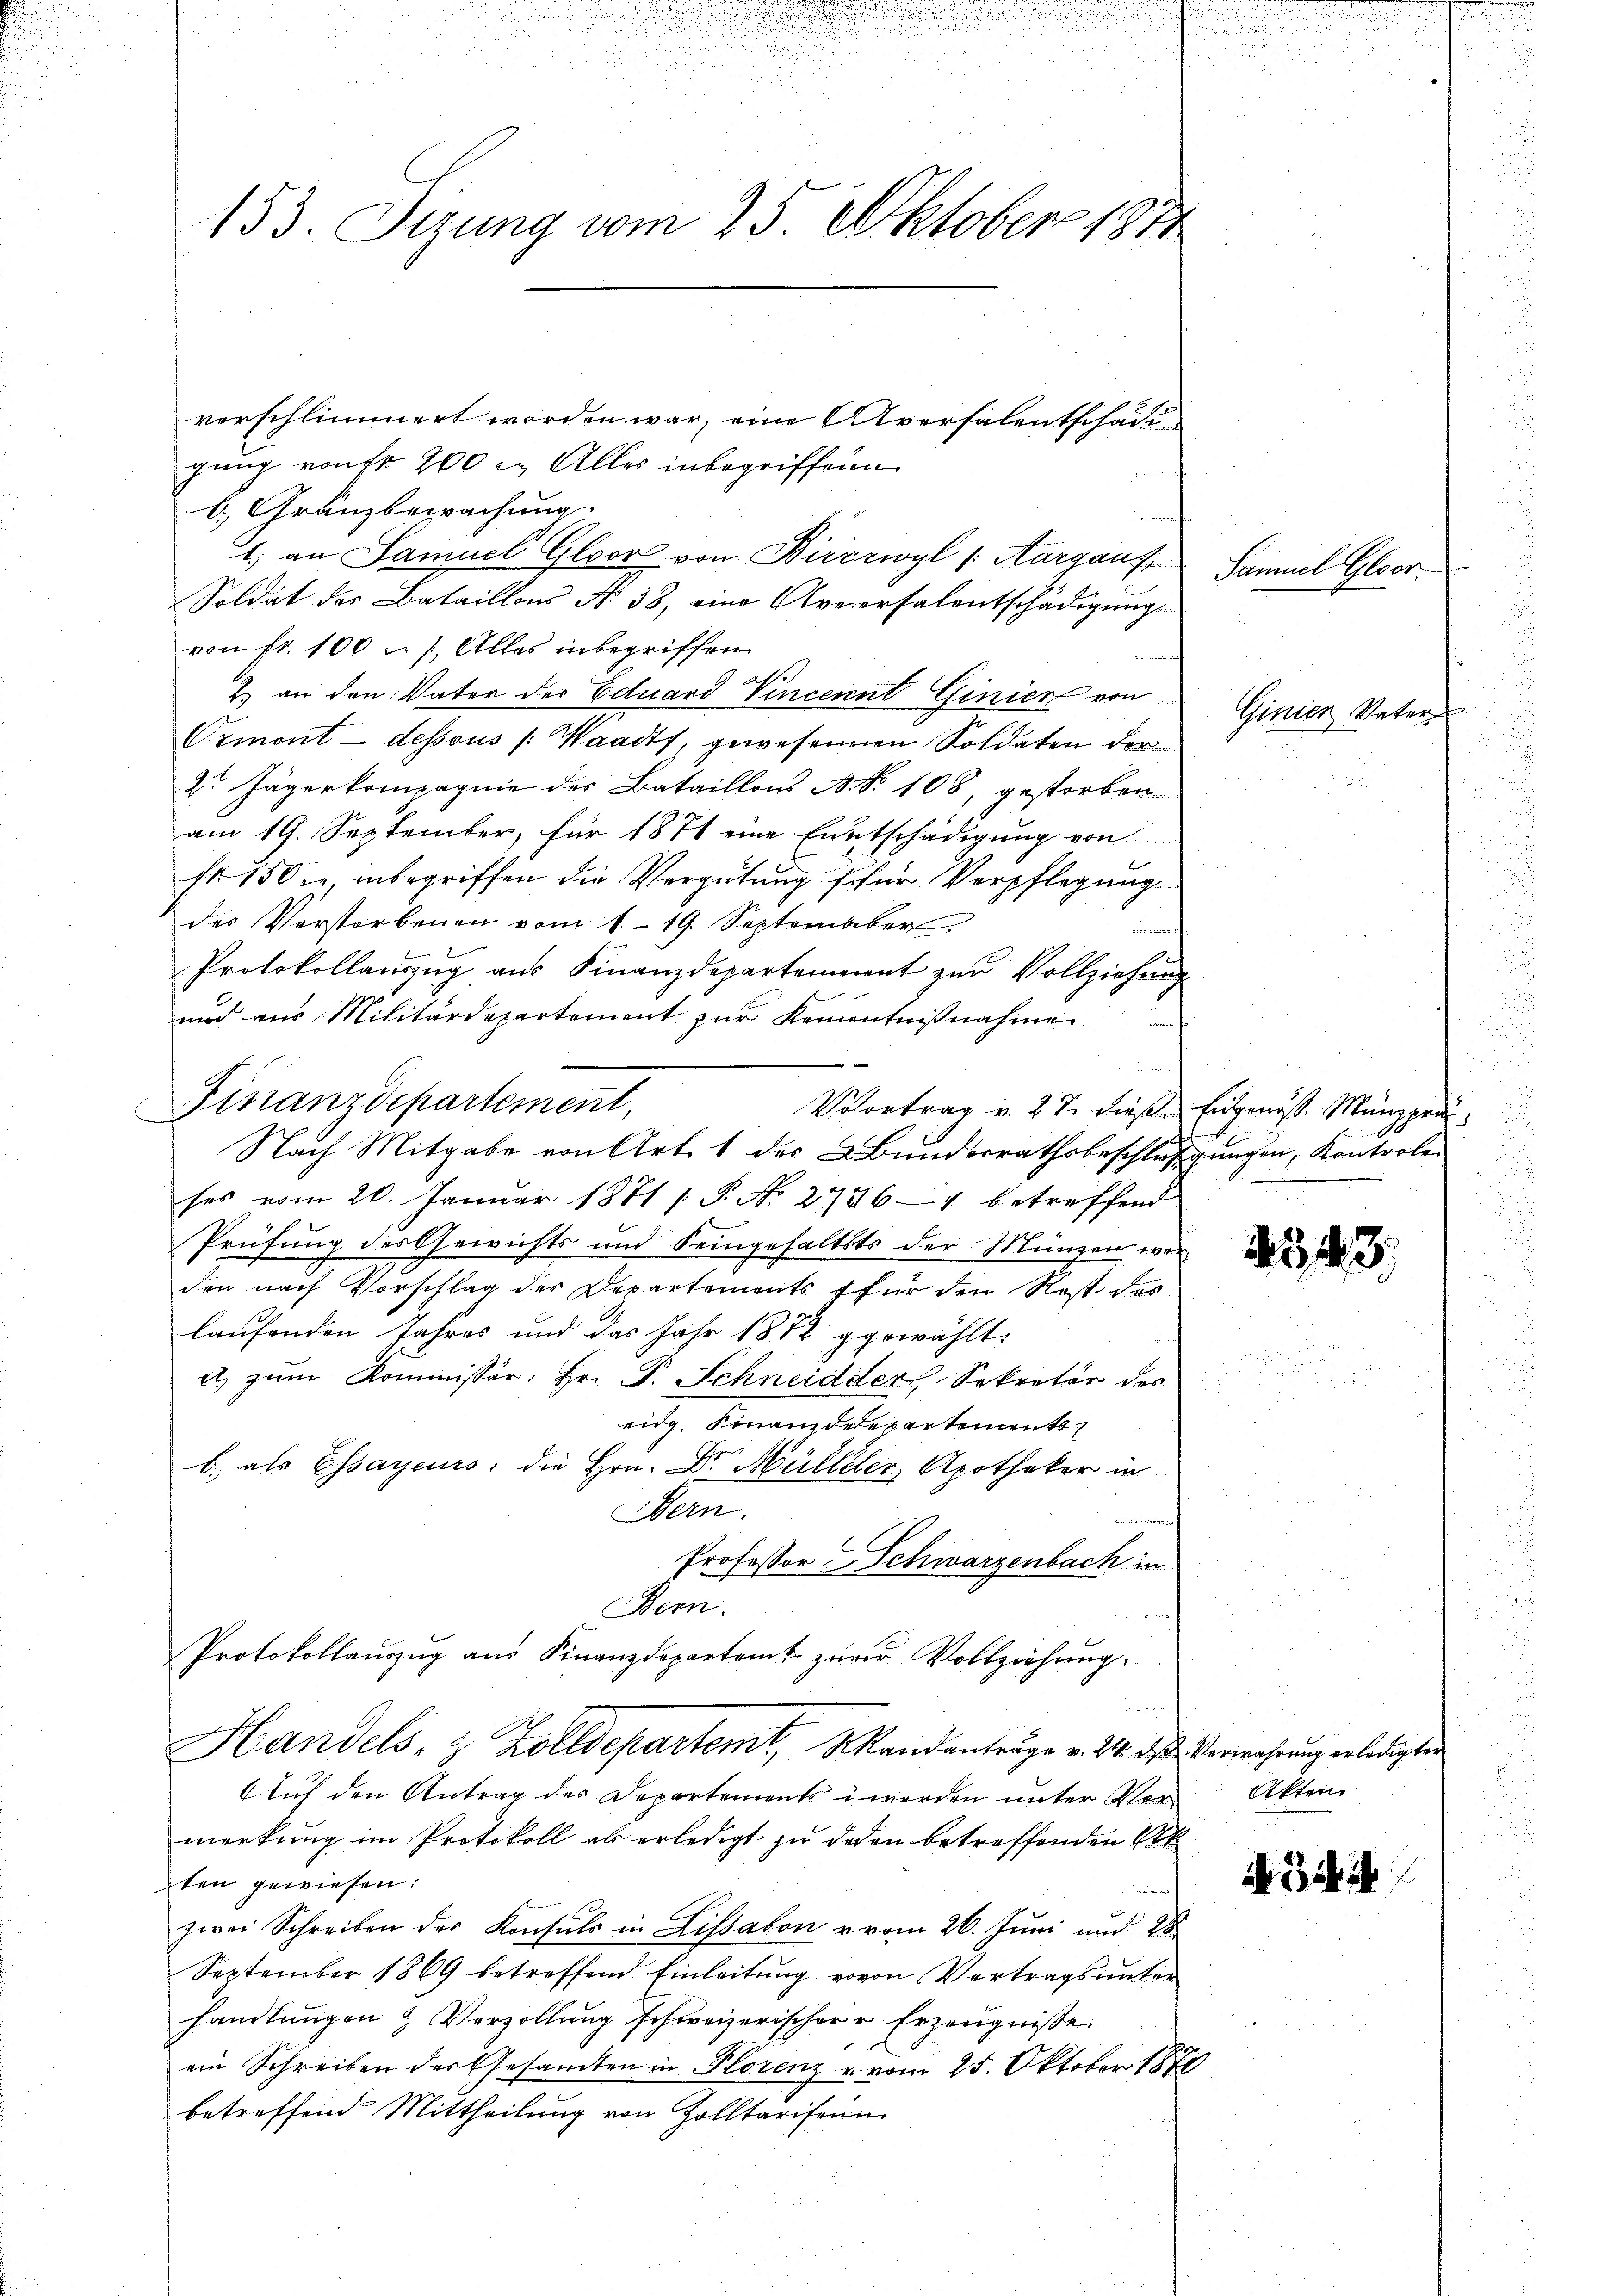
n

.
i

5
153. Sizung vom 25. Oktober 1811

verschlimmert worden war, eine Aversalentschaden
gung von fr 200 c. Alles inbegriffene
b. Gränzbewachung.
; an Samuel Gloor von Birzrwyl (Aargaus,
Soldat des Bataillons No. 38, eine Averersalentschädigung
von fr. 100 n 1. Alles inbegriffen
a
.
2 an den Vater der Eduard Vincennt Ginien von
Ormont-dessous (Waadt, gewesenen Soldaten der
2r Jägerkompagnie des Bataillons B. Nr. 108, gestorben
am 19. September, für 1871 eine Entschädigung von
fr. 150, inbegriffen die Vergütung für Verpflegung
des Verstorbenen vom 1. 19. September
Protokollauszug aus Finanzdepartement zur Vollziehung
und aus Militärdepartement zur Kenntnißnahme

Vortrag v. 27. diese Eidgenosse Münzprei¬
Nach Mitgabe von Art. 1 des Bunderrathsbeschlußgungen, Kontrole
ses vom 20. Januar 1871 / P. Nr. 27364 betreffend
Prüfung des Gewichts und Seingehaltsts der Münzen werden nach Vorschlag des Departements für den Rost des
laufenden Jahres und das Jahr 1872 g gewählt:
a) zum Kommissär Hr. P. Schneidder Sekretär des
eidg. Finanzdepartement
b.) als Essayeurs; die Hrn. Dr. Mülleler, Apotheker in
Bern.
A
Professor Schwarzenbach in
Bern.
Protokollaŭszŭg aŭs Finanzdepartamt zŭrer Vollziehŭng.
Handels- & Zolldepartemt, Mandanträge v. 24. das Verwahrung erledigten
Auf den Antrag der Departement werden unter Vormerkung im Protokoll als erledigt zu deden betreffenden Ak
ten gewiesen:
zwei Schreiben des Konsuls in Lissabon u. vom 26. Juni und 18
September 1869 betreffend Einleitung vovon Vertrags unter
handlungen & Verzöllung schweizerischer Erzeugniße
ein Schreiben der Gesamten in Florenz u. vom 25. Oktober 1848.
betreffend Mittheilung von Zolltarifein

Finanzdepartement,

h

mach

Samuel Gloor-

Ginier Vater

2543

Akten

Bi